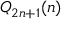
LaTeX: Q _ { 2 n + 1 } ( n )